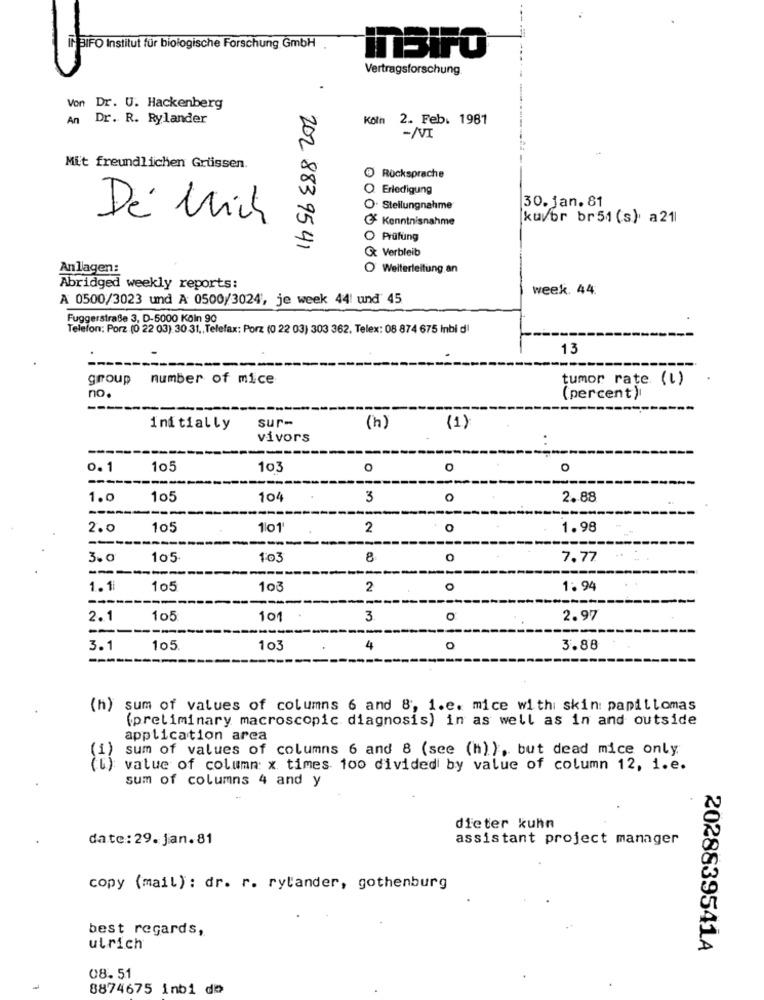
IN BIFO Institut für biologische Forschung GmbH
MSIFO
Vertragsforschung
Von Dr. U. Hackenberg
An Dr. R. Rylander
Koln 2. Feb. 1981
-NVI
Mit freundlichen Grüssen.
Rücksprache
Erledigung
30.jan. 81
. Stellungnahme
Dé Mich
Kenntnisnahme
kuvor br51 (s). a21
Prüfung
202 883 95 41
Cx Verbleib
Anlagen:
O Weiterleitung an
Abridged weekly reports:
week. 44.
A 0500/3023 und A 0500/3024, je week 44! und 45
Fuggerstraße 3, D-5000 Köln 90
Telefon: Porz (0 22 03) 30 31 ,, Telefax: Porz (0 22 03) 303 362. Telex: 08 874 675 Inbi dl
13
group number of mice
tumor rate (l)
no.
(percent)
--------
---
sur-
Initially
(h)
(1)
vivors
..
0. 1
105
103
O
o
----
----
1.0
105
104
3
O
2.88
--
2.0
105
1l01
2
O
1.98
--
----
3.0
105
103
8
0
7.77
------
----
1.1
105
103
2
O
1.94
----
2.1
105
101
3
o
2.97
3.1
105
103
4
o
3.88
----
(h) sum of values of columns 6 and 8, 1.e. mice with: skin: papillomas
(preliminary macroscopic diagnosis) in as well as in and outside
application area
sum of values of columns 6 and 8 (see (h) ), but dead mice only
value of column x times 100 divided by value of column 12, i.e.
sum of columns 4 and y
dieter kuhn
date: 29. Jan. 81
assistant project manager
copy (mail) : dr. r. rylander, gothenburg
best regards,
ulrich
2028839541A
08.51
8874675 inbi do